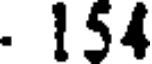
. 154